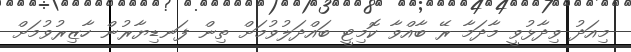
މިއަދު ވިދާޅުވީ މާދަމާ ރޭ ބާއްވާ ކޮމިޓީ ބައްދަލުވުމަށް ތިން ފަނޑިޔާރުން ހާޒިރުވުމަށް